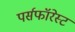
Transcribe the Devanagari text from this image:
पर्सफॉरेस्ट